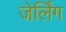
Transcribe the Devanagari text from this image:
जेर्लिंग